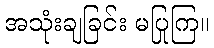
အသုံးချခြင်း မပြုကြ။